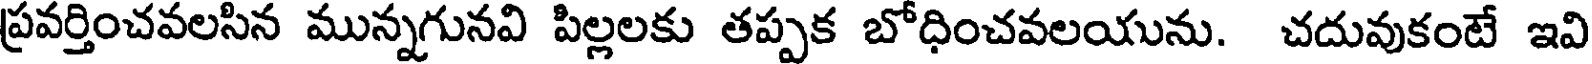
ప్రవర్తించవలసిన మున్నగునవి పిల్లలకు తప్పక బోధించవలయును. చదువుకంటే ఇవి